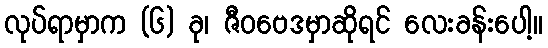
လုပ်ရာမှာက (၆) ခု၊ ဇီဝဗေဒမှာဆိုရင် လေးခန်းပေါ့။